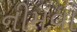
નીમવા